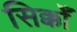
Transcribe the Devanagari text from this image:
सिक्कोँ